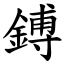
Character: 鎛